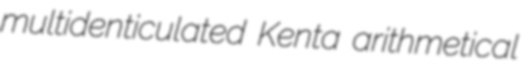
multidenticulated Kenta arithmetical